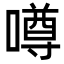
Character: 噂